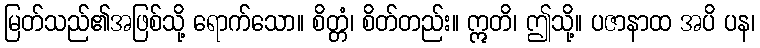
မြတ်သည်၏အဖြစ်သို့ ရောက်သော။ စိတ္တံ၊ စိတ်တည်း။ ဣတိ၊ ဤသို့။ ပဇာနာထ အပိ ပန၊